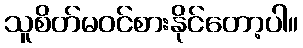
သူစိတ်မဝင်စားနိုင်တော့ပါ။